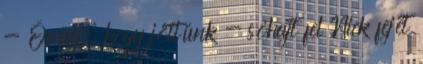
- Örülj, hogy jöttünk - sóhajt fel Nick fejét